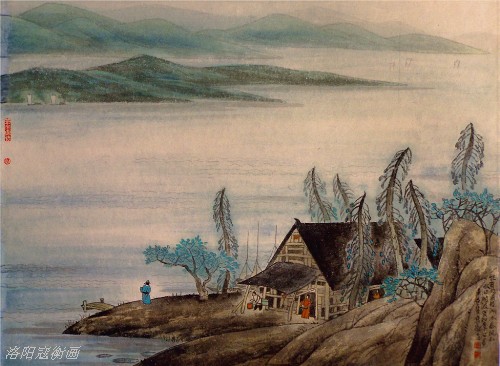
离别家乡岁月多，近来人事半消磨。